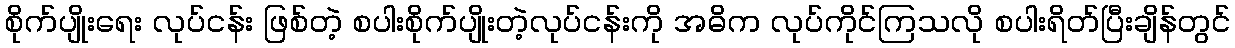
စိုက်ပျိုးရေး လုပ်ငန်း ဖြစ်တဲ့ စပါးစိုက်ပျိုးတဲ့လုပ်ငန်းကို အဓိက လုပ်ကိုင်ကြသလို စပါးရိတ်ပြီးချိန်တွင်